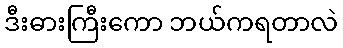
ဒီးဓားကြီးကော ဘယ်ကရတာလဲ